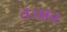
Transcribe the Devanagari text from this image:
तज्ज्ञच